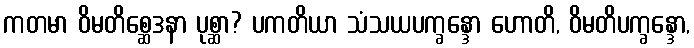
ကတမာ ဝိမတိစ္ဆေဒနာ ပုစ္ဆာ? ပကတိယာ သံသယပက္ခန္ဒော ဟောတိ, ဝိမတိပက္ခန္ဒော,